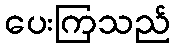
ပေးကြသည်